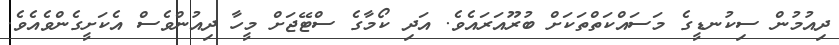
ދިއުމުން ސިކުނޑީގެ މަސައްކަތްތަކަށް ބުރޫއަރައެވެ. އަދި ކޯމާގެ ސްޓޭޖަށް މީހާ ދިއުންވެސް އެކަށީގެންވެއެވެ.